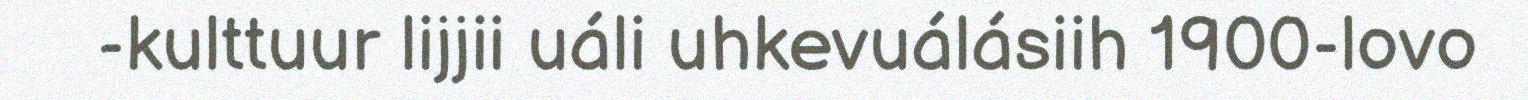
-kulttuur lijjii uáli uhkevuálásiih 1900-lovo